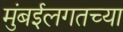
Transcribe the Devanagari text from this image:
मुंबईलगतच्या